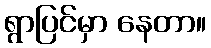
ရွာပြင်မှာ နေတာ။